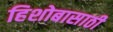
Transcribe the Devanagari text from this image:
हिशोबासाठी